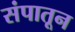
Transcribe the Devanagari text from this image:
संपातून